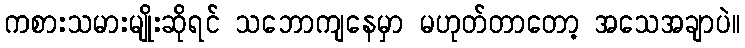
ကစားသမားမျိုးဆိုရင် သဘောကျနေမှာ မဟုတ်တာတော့ အသေအချာပဲ။